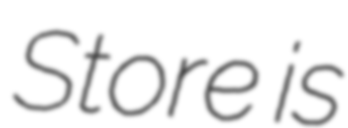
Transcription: Store is